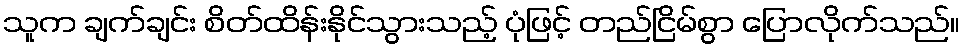
သူက ချက်ချင်း စိတ်ထိန်းနိုင်သွားသည့် ပုံဖြင့် တည်ငြိမ်စွာ ပြောလိုက်သည်။